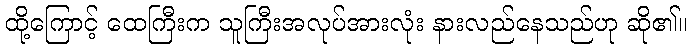
ထို့ကြောင့် ထေကြီးက သူကြီးအလုပ်အားလုံး နားလည်နေသည်ဟု ဆို၏။